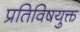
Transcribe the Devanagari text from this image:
प्रतिविषयुक्त